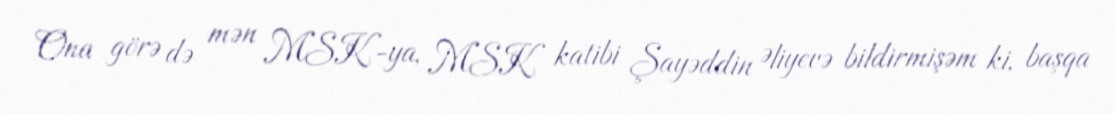
Ona görə də mən MSK-ya, MSK katibi Şayəddin Əliyevə bildirmişəm ki, başqa